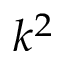
k ^ { 2 }